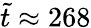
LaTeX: \tilde{t}\approx 268